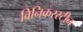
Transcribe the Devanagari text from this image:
विनिकरस्टीन